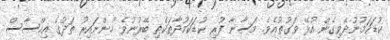
ކުޑަކަމުނުދެވިގެން އުޅޭ ވަގުތުއެވެ. މަސާނާ ފުރި ކުޑަކަމުދާތަކެތި ބޭރުނުވެ ހުންނައިރު ތަދުގެ އިހްސާސް